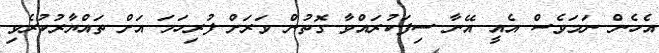
އެހެން ނަމަވެސް އެއީ އޭނާ ސިފަކުރައްވާ ގޮތުން ވަރަށް ފުރިހަމަ އަށް ތައްޔާރުކުރެވި